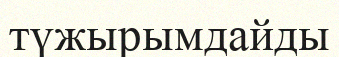
түжырымдайды